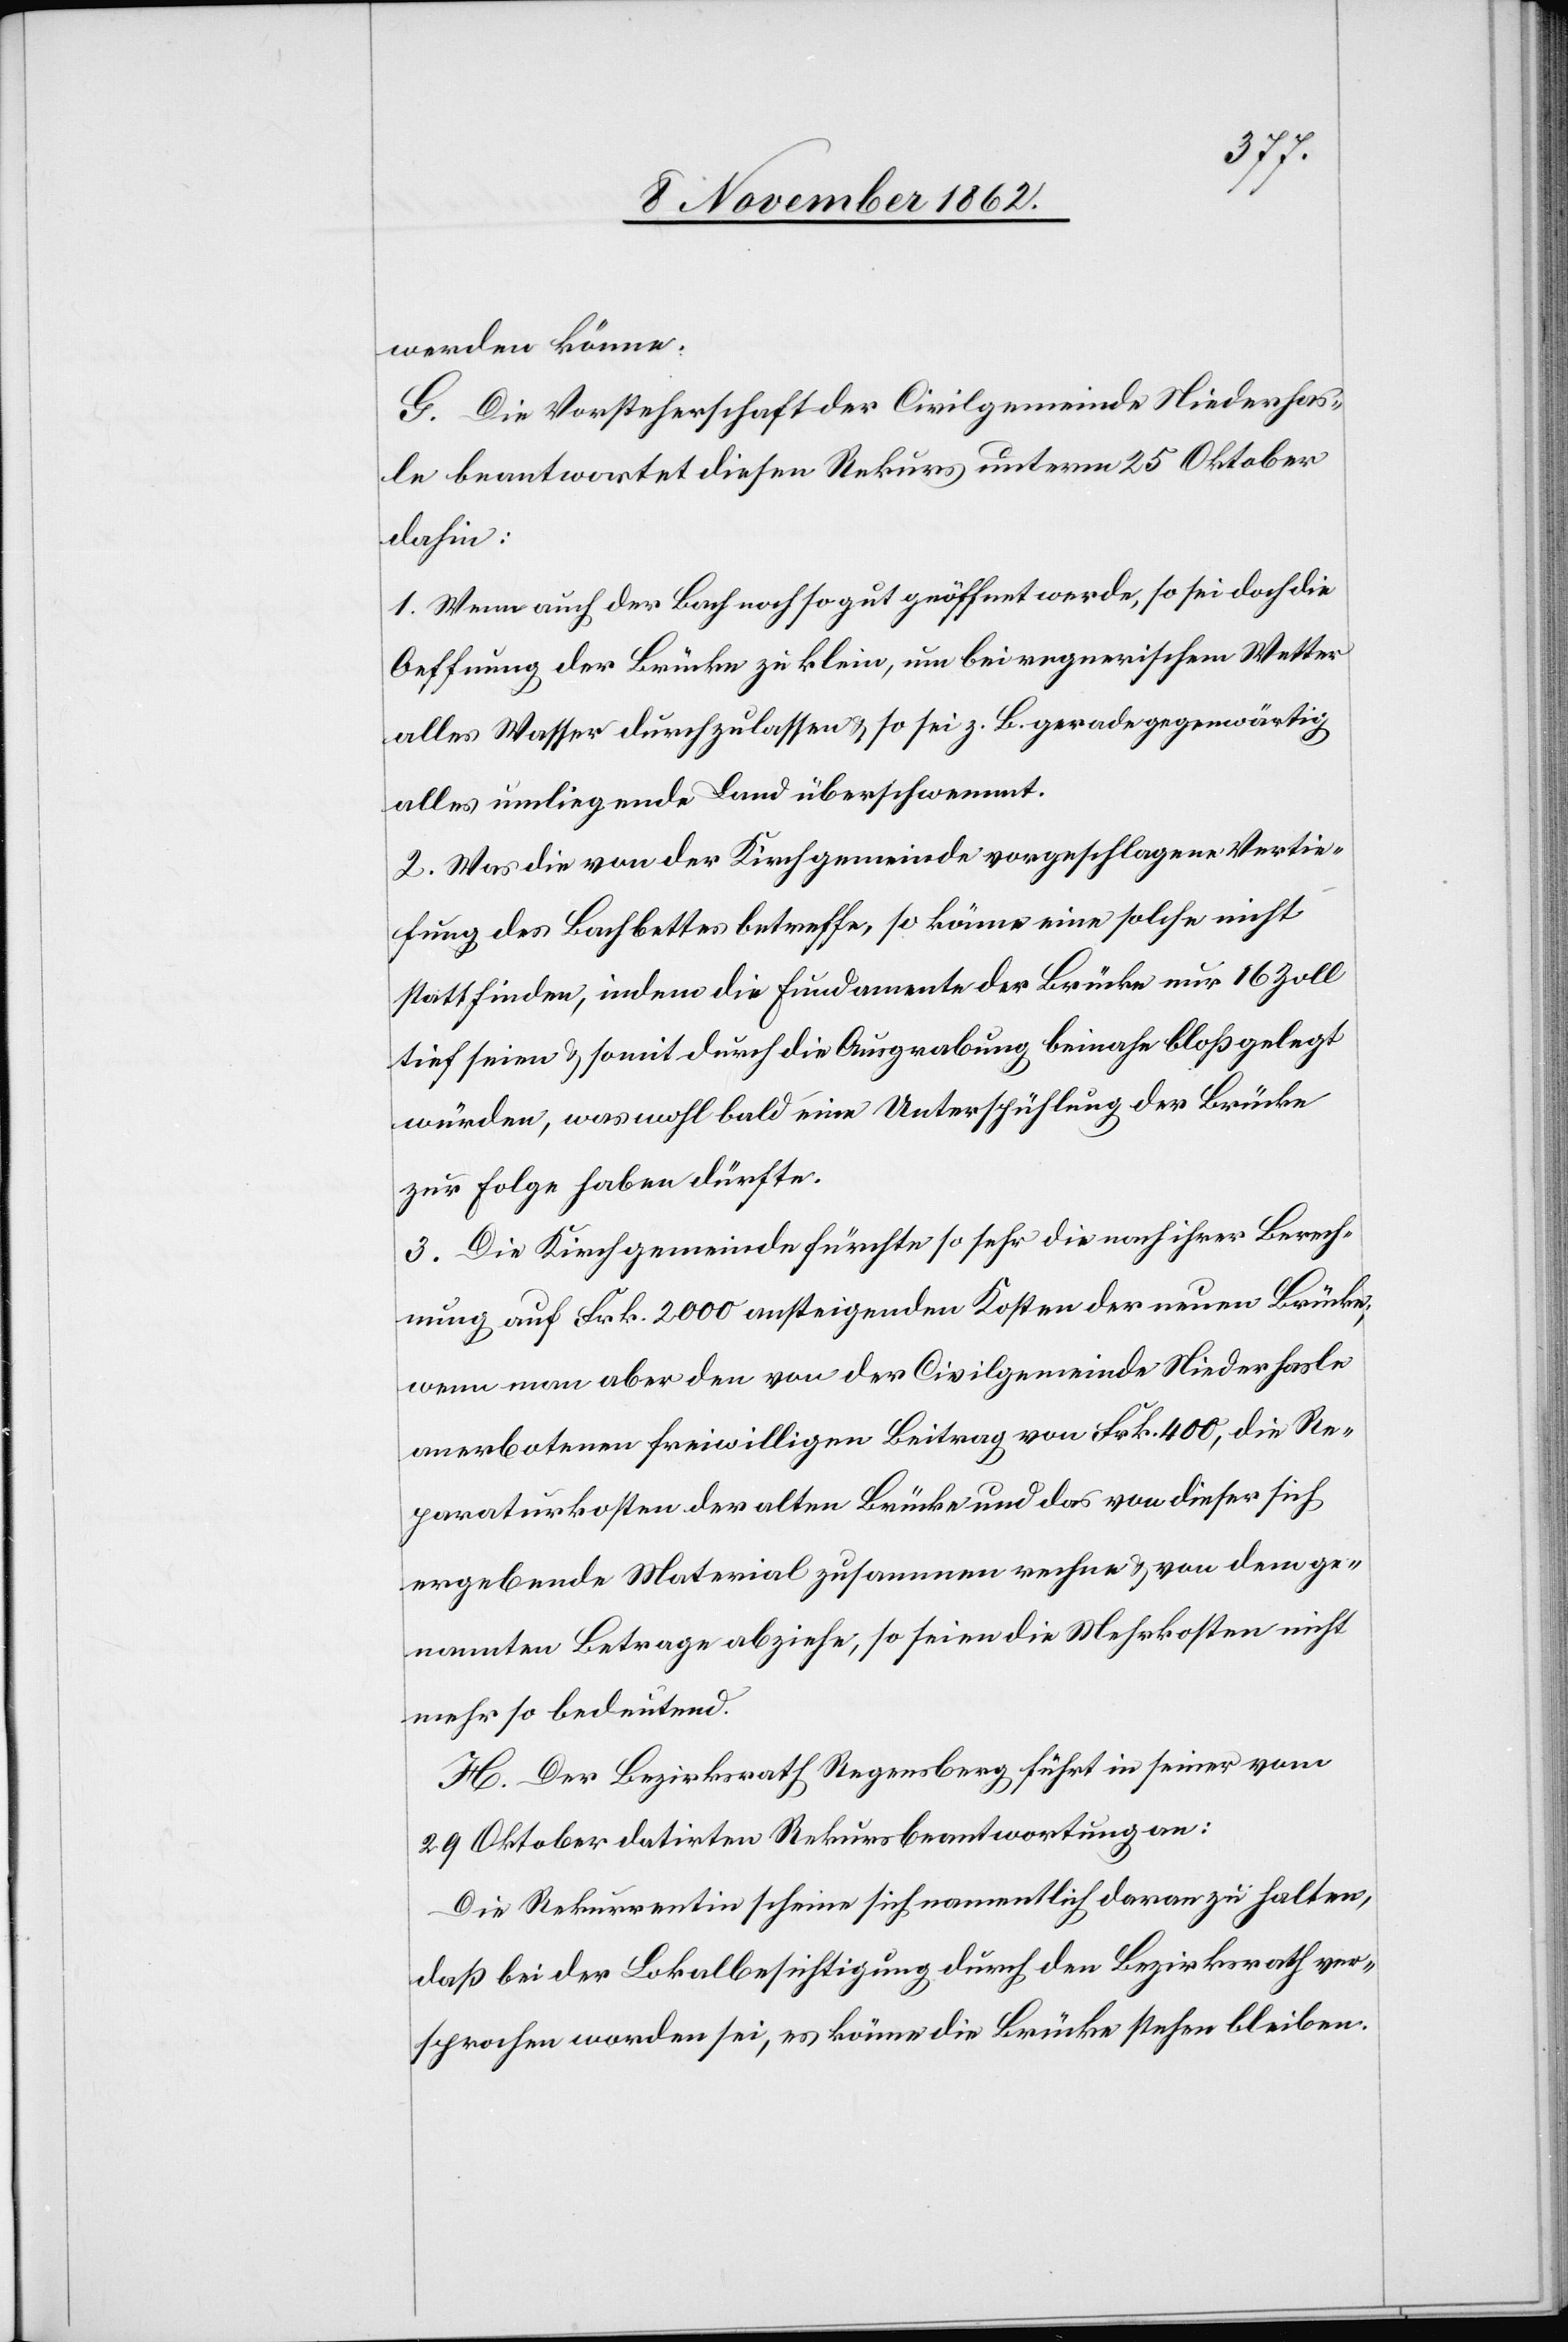
werden könne.
G. Die Vorsteherschaft der Civilgemeinde Niederhas¬
le beantwortet diesen Rekurs unterm 25. Oktober
dahin:
1. Wenn auch der Bach noch so gut geöffnet werde, so sei doch die
Oeffnung der Brücke zu klein, um bei regnerischem Wetter
alles Wasser durchzulassen u. so sei z. B. gerade gegenwärtig
alles umliegende Land überschwemmt.
2. Was die von der Kirchgemeinde vorgeschlagene Vertie¬
fung des Bachbettes betreffe, so könne eine solche nicht
stattfinden, indem die Fundamente der Brücke nur 16 Zoll
tief seien u. somit durch die Ausgrabung beinahe bloß gelegt
würden, was wohl bald eine Unterspühlung der Brücke
zur Folge haben dürfte.
3. Die Kirchgemeinde fürchte so sehr die nach ihrer Berech¬
nung auf Frk. 2000 ansteigenden Kosten der neuen Brücke,
wenn man aber den von der Civilgemeinde Niederhasle
anerbotenen freiwilligen Beitrag von Frk. 400, die Re¬
paraturkosten der alten Brücke und das von dieser sich
ergebende Material zusammen rechne u. von dem ge¬
nannten Betrage abziehe, so seien die Mehrkosten nicht
mehr so bedeutend.
H. Der Bezirksrath Regensberg führt in seiner vom
29. Oktober datirten Rekursbeantwortung an:
Die Rekurrentin scheine sich namentlich daran zu halten,
daß bei der Lokalbesichtigung durch den Bezirksrath ver¬
sprochen worden sei, es könne die Brücke stehen bleiben.